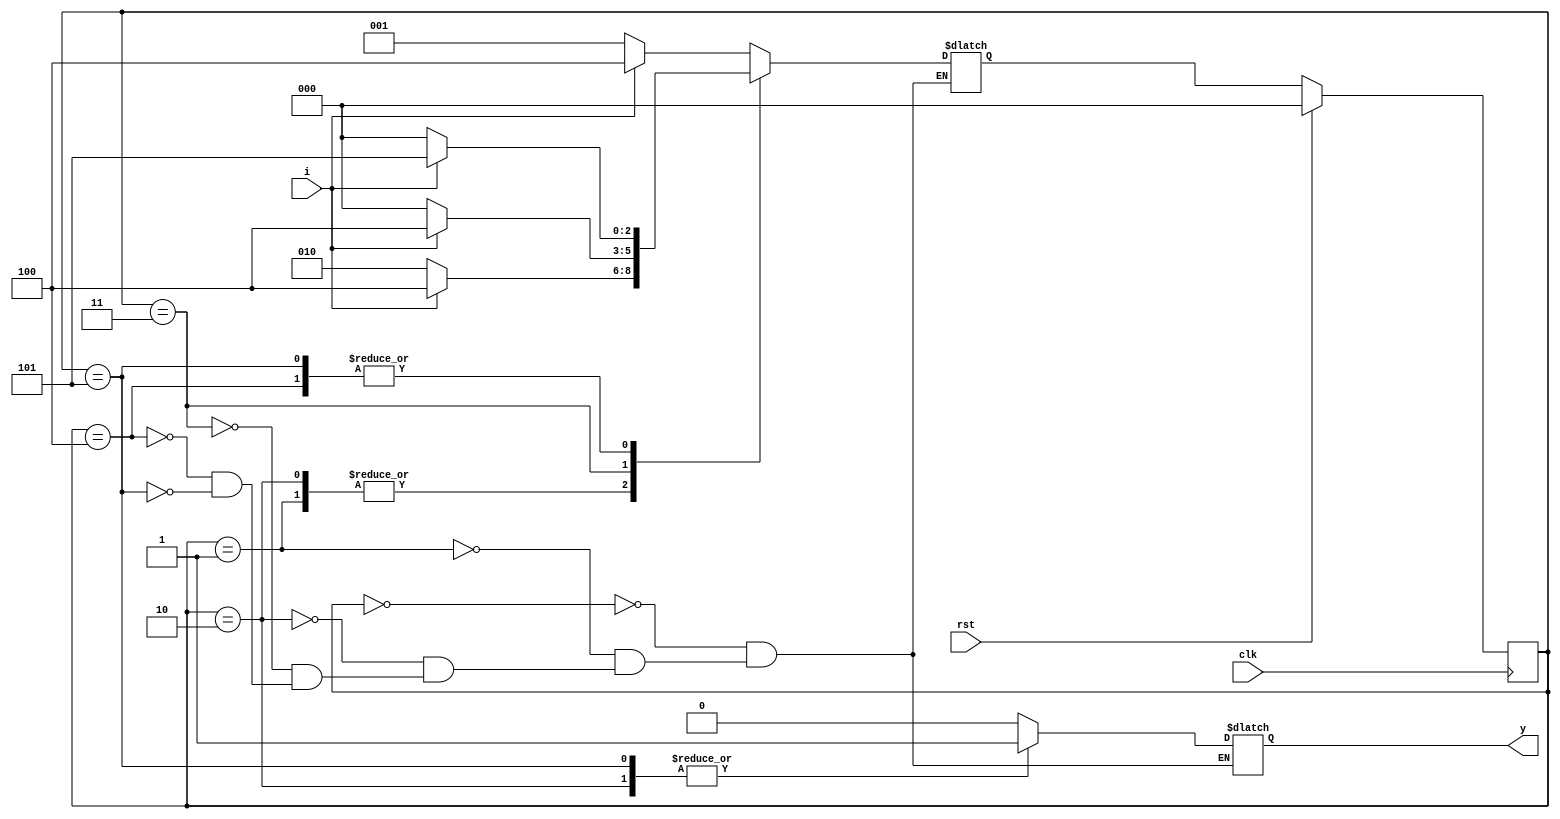
`timescale 1ns / 1ns


module circuit(y, i, clk, rst);
    parameter ZERO0 = 3'b000, ZERO1 = 3'b001, ZERO2 = 3'b010;
    parameter ONE0 = 3'b011, ONE1 = 3'b100, ONE2 = 3'b101;

    reg [2:0] stateReg = 3'b000;
    reg [2:0] nextStateReg;
    
    output reg [0:0] y;
    input wire rst;
    input wire clk;
    input wire i;

    always@(i or stateReg) begin
        case(stateReg)
            ZERO0: begin
                if(i==0)begin
                    nextStateReg <= ZERO1;
                end
                else begin
                    nextStateReg <= ONE1;
                end
                y <= 0;
            end
            ZERO1: begin
                if(i==0)begin
                    nextStateReg <= ZERO2;
                end
                else begin
                    nextStateReg <= ONE1;
                end
                y <= 0;
            end
            ZERO2: begin
                if(i==0)begin
                    nextStateReg <= ZERO2;
                end
                else begin
                    nextStateReg <= ONE1;
                end
                y <= 1;
            end
            ONE0: begin
                if(i==0)begin
                    nextStateReg <= ZERO0;
                end
                else begin
                    nextStateReg <= ONE1;
                end
                y <= 0;
            end
            ONE1: begin
                if(i==0)begin
                    nextStateReg <= ZERO0;
                end
                else begin
                    nextStateReg <= ONE2;
                end
                y <= 0;
            end
            ONE2: begin
                if(i==0)begin
                    nextStateReg <= ZERO0;
                end
                else begin
                    nextStateReg <= ONE2;
                end
                y <= 1;
            end
        endcase
    end

    always@(posedge clk) begin
        if(rst) begin
		    stateReg <= ZERO0;
        end
        else begin
            stateReg <= nextStateReg;
        end
    end

    // wire s2 = stateReg[2];
    // wire s1 = stateReg[1];
    // wire s0 = stateReg[0];
    // // OUTPUT_PART //
    // input i;
    // output y;

    // wire s2_not;
    // not(s2_not, s2);

    // wire s1_not;
    // not(s1_not, s1);

    // wire s0_not;
    // not(s0_not, s0);

    // wire i_not;
    // not(i_not, i);

    // wire and1;
    // and(and1, s2_not, s1, s0_not, i_not);

    // wire and2;
    // and(and2, s2, s1_not, s0, i);

    // or(y, and1, and2);
    // // OUTPUT_PART //

    // // OTHER_PART //
    // wire and3;
    // and(and3, s2_not, s0_not, i);

    // wire and4;
    // and(and4, s1_not, i);

    // wire y2;
    // or(y2, and3, and4, s2, s1, s0);
    // // OTHER_PART //

    // // ANOTHER_PART //
    // wire and5;
    // and(and5, s2_not, s1, s0, i);

    // wire and6;
    // and(and6, s2, s1_not, i);

    // wire y3;
    // or(y3, and5, and6);
    // // ANOTHER_PART //

    // // ANOTHER_PART //
    // wire and7;
    // and(and7, s2_not, s1_not, s0);

    // wire and8;
    // and(and8, s2_not, s1, s0_not);

    // wire and9;
    // and(and9, s2_not, s0_not, i);

    // wire y4;
    // or(y4, and7, and8, and9);
endmodule